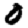
Digit: 0